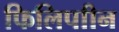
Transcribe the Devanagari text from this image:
फिलिपाीन